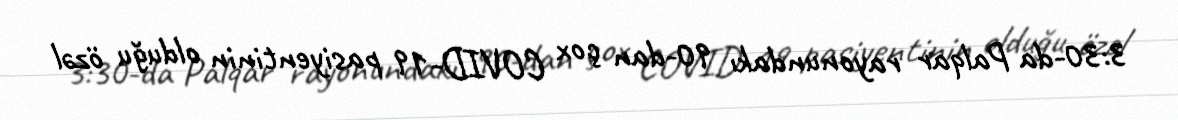
3:30-da Palqar rayonundakı 90-dan çox COVID-19 pasiyentinin olduğu özəl